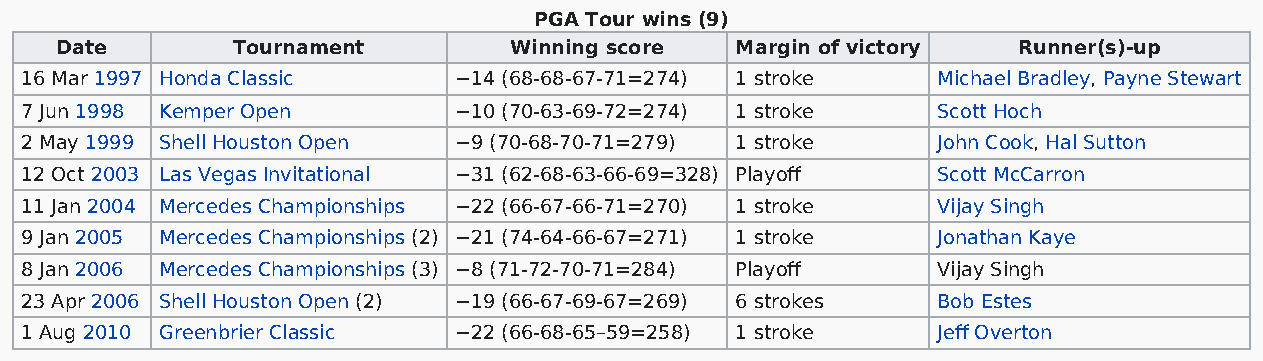
PGA Tour wins (9)
 Date       Tournament         Winning score  Margin of victory Runner(s)-up
 16 Mar 1997 Honda Classic    −14 (68-68-67-71=274) 1 stroke  Michael Bradley, Payne Stewart
 7 Jun 1998 Kemper Open       −10 (70-63-69-72=274) 1 stroke  Scott Hoch
 2 May 1999 Shell Houston Open −9 (70-68-70-71=279) 1 stroke  John Cook, Hal Sutton
 12 Oct 2003 Las Vegas Invitational −31 (62-68-63-66-69=328) Playoff Scott McCarron
 11 Jan 2004 Mercedes Championships −22 (66-67-66-71=270) 1 stroke Vijay Singh
 9 Jan 2005 Mercedes Championships (2) −21 (74-64-66-67=271) 1 stroke Jonathan Kaye
 8 Jan 2006 Mercedes Championships (3) −8 (71-72-70-71=284) Playoff Vijay Singh
 23 Apr 2006 Shell Houston Open (2) −19 (66-67-69-67=269) 6 strokes Bob Estes
 1 Aug 2010 Greenbrier Classic −22 (66-68-65–59=258) 1 stroke Jeff Overton